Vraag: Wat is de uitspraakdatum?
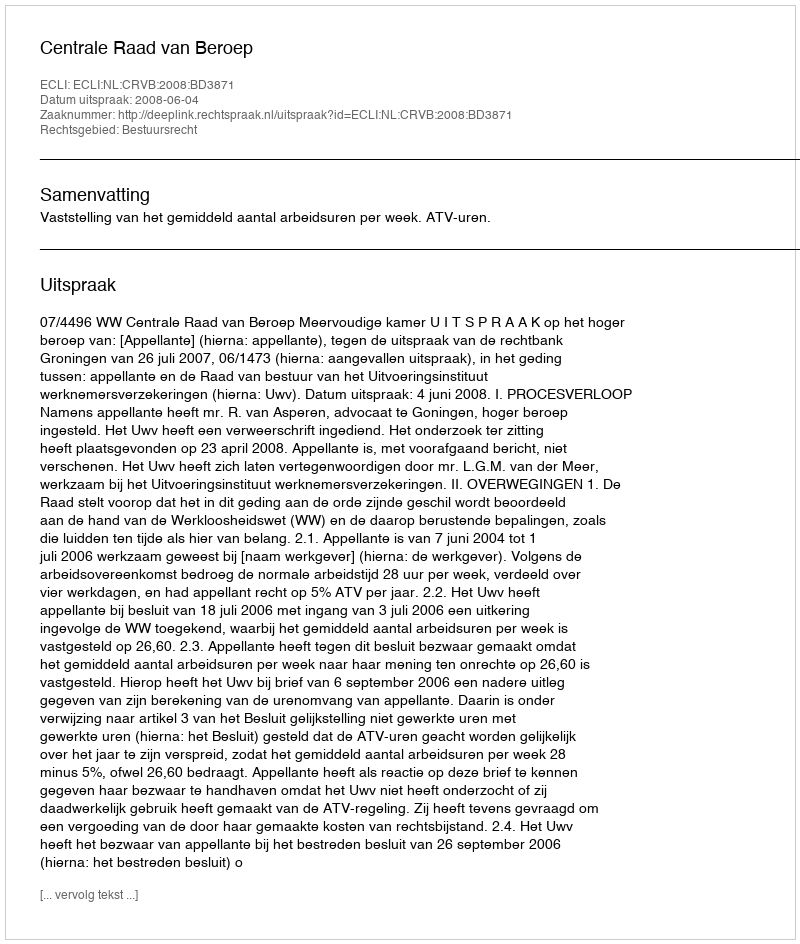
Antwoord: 2008-06-04